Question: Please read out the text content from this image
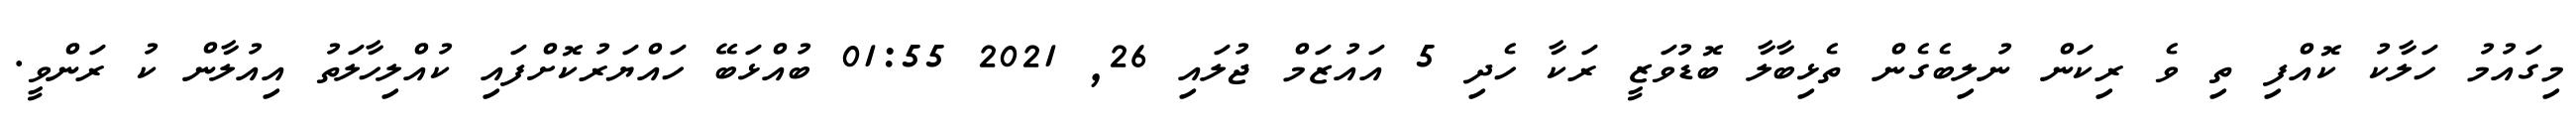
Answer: މިގައުމު ހަލާކު ކޮއްފި ތި ވެ ރިކަން ނުލިބެގެން ތެޅިބާލާ ބޮޑުވަޒީ ރަކާ ހެދި 5 އައުޒަމް ޖުލައި 26, 2021 01:55 ބުއްޅަބޭ ހައްޔަރުކޮށްފައި ކުއްލިހާލަތު އިއުލާން ކު ރަންވީ.